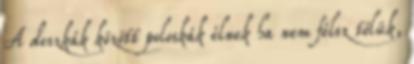
A deszkák között poloskák élnek ha nem félsz tőlük,